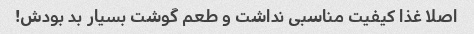
اصلا غذا کیفیت مناسبی نداشت و طعم گوشت بسیار بد بودش!